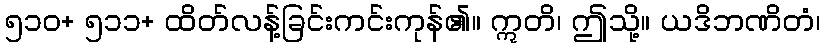
၅၁၀+ ၅၁၁+ ထိတ်လန့်ခြင်းကင်းကုန်၏။ ဣတိ၊ ဤသို့။ ယဒိဘဏိတံ၊